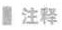
注释